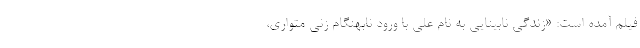
فیلم آمده است: «زندگی نابینایی به نام علی با ورود نابهنگام زنی متواری،